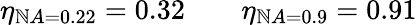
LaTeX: \eta_{\mathbb{N}A=0.22}=0.32\qquad\eta_{\mathbb{N}A=0.9}=0.91